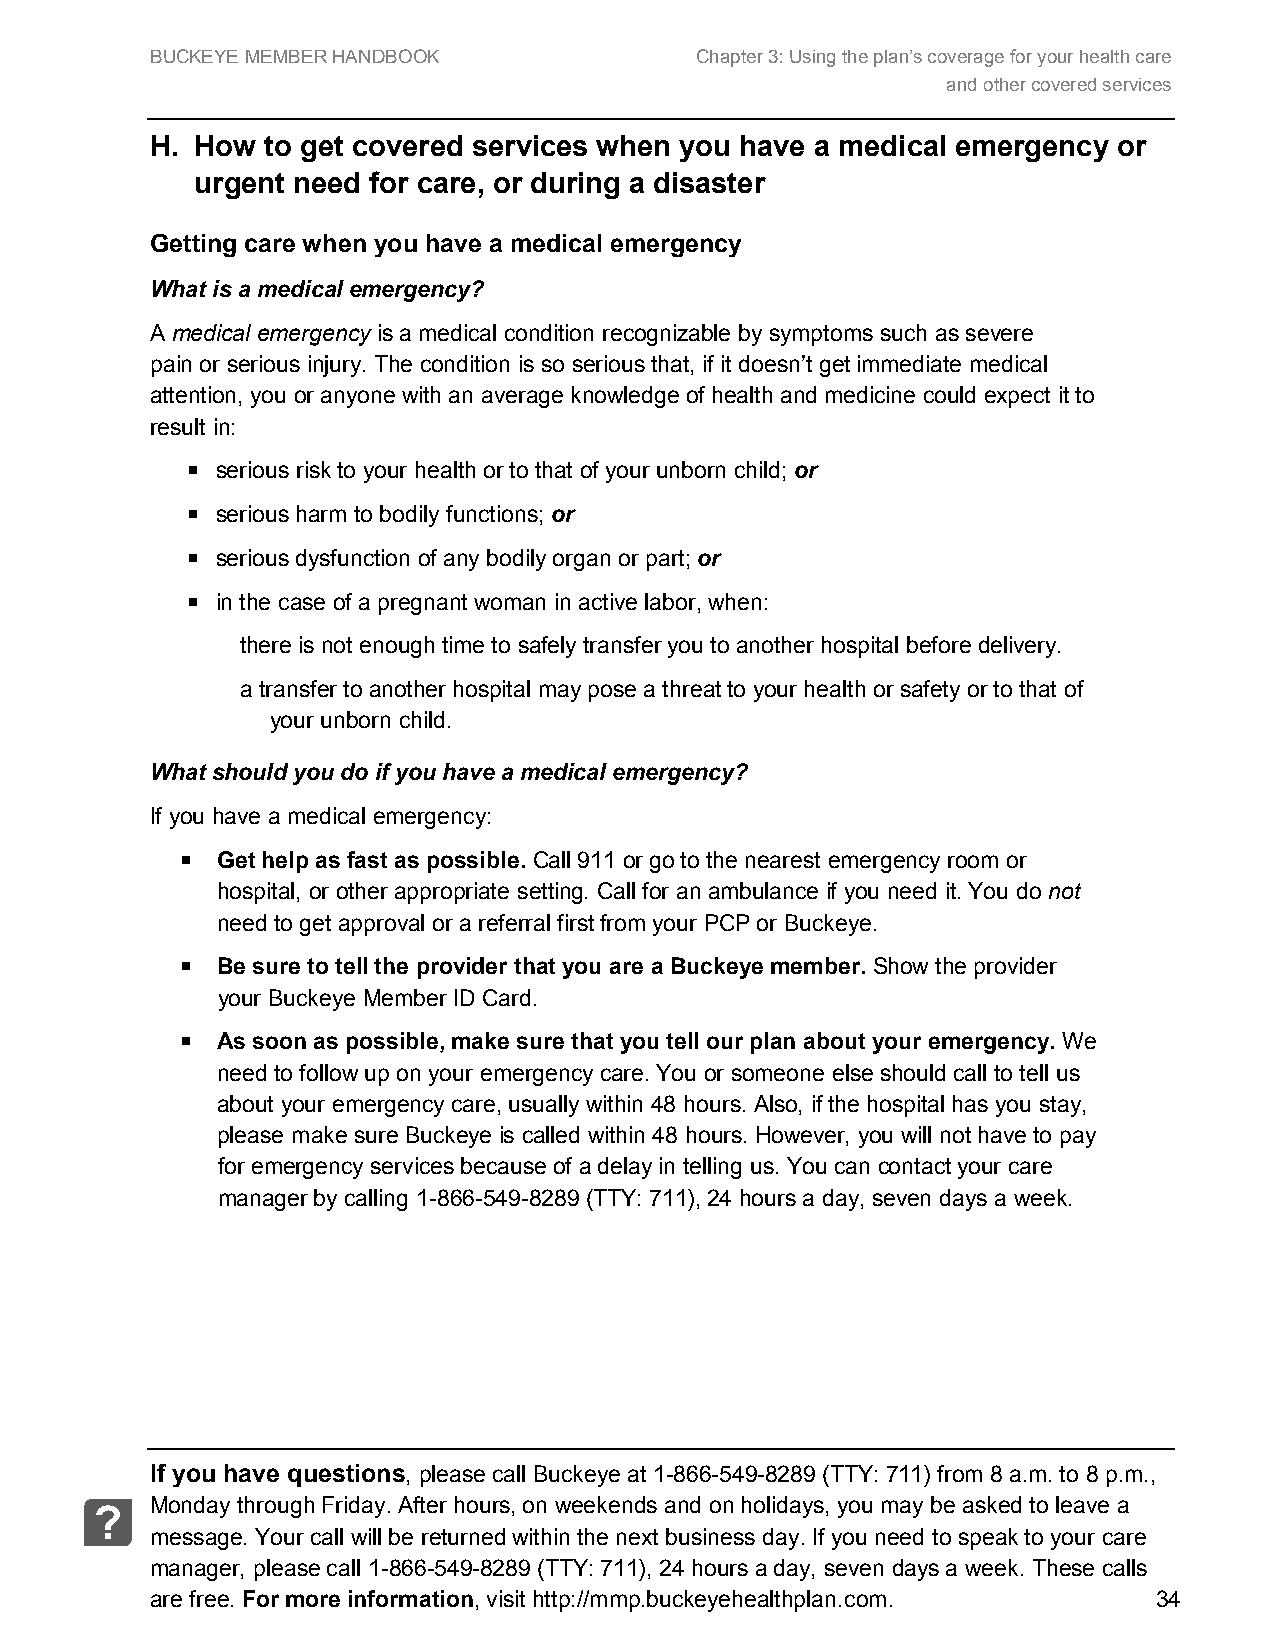
BUCKEYE MEMBER HANDBOOK             Chapter 3: Using the plan’s coverage for your health care
 and other covered services
 H. How  to get covered services when you have a medical emergency or
 urgent need for care, or during a disaster
 Getting care when you have a medical emergency
 What is a medical emergency?
 A medical emergency is a medical condition recognizable by symptoms such as severe
 pain or serious injury. The condition is so serious that, if it doesn’t get immediate medical
 attention, you or anyone with an average knowledge of health and medicine could expect it to
 result in:
  serious risk to your health or to that of your unborn child; or
  serious harm to bodily functions; or
  serious dysfunction of any bodily organ or part; or
  in the case of a pregnant woman in active labor, when:
 there is not enough time to safely transfer you to another hospital before delivery.
 a transfer to another hospital may pose a threat to your health or safety or to that of
 your unborn child.
 What should you do if you have a medical emergency?
 If you have a medical emergency:
  Get help as fast as possible. Call 911 or go to the nearest emergency room or
 hospital, or other appropriate setting. Call for an ambulance if you need it. You do not
 need to get approval or a referral first from your PCP or Buckeye.
  Be sure to tell the provider that you are a Buckeye member. Show the provider
 your Buckeye Member ID Card.
  As soon as possible, make sure that you tell our plan about your emergency. We
 need to follow up on your emergency care. You or someone else should call to tell us
 about your emergency care, usually within 48 hours. Also, if the hospital has you stay,
 please make sure Buckeye is called within 48 hours. However, you will not have to pay
 for emergency services because of a delay in telling us. You can contact your care
 manager by calling 1-866-549-8289 (TTY: 711), 24 hours a day, seven days a week.
 If you have questions, please call Buckeye at 1-866-549-8289 (TTY: 711) from 8 a.m. to 8 p.m.,
 Monday through Friday. After hours, on weekends and on holidays, you may be asked to leave a
 ?
 message. Your call will be returned within the next business day. If you need to speak to your care
 manager, please call 1-866-549-8289 (TTY: 711), 24 hours a day, seven days a week. These calls
 are free. For more information, visit http://mmp.buckeyehealthplan.com. 34